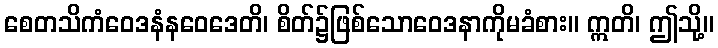
စေတသိကံဝေဒနံနဝေဒေတိ၊ စိတ်၌ဖြစ်သောဝေဒနာကိုမခံစား။ ဣတိ၊ ဤသို့။